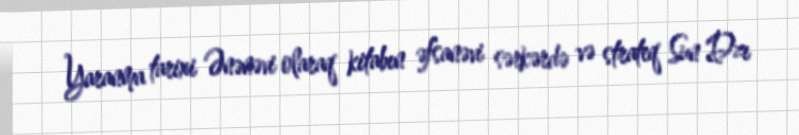
Yaranma tarixi Ənənəvi olaraq kitabın əfsanəvi sərkərdə və strateq Sun Dzı